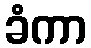
ခံကာ